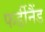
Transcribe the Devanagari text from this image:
फर्डीनैंड